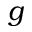
g